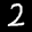
Label: 2